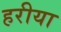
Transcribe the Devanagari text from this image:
हरीया